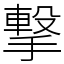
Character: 撃